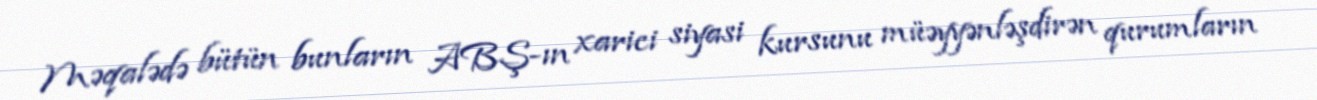
Məqalədə bütün bunların ABŞ-ın xarici siyasi kursunu müəyyənləşdirən qurumların